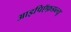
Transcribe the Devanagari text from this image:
आइपिऍफ़डब्ल्यू